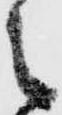
之